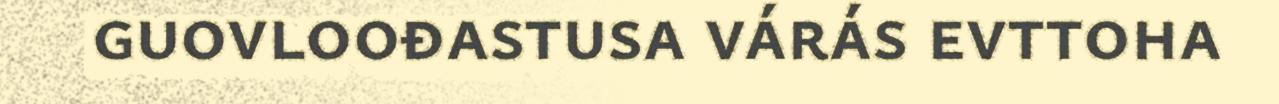
guovloođastusa várás evttoha